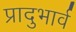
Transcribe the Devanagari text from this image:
प्रादुभार्व